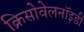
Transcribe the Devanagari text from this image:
क्रिसोवेलनॉइडी